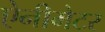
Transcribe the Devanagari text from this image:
ऐनीमेटर